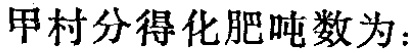
甲村分得化肥吨数为：